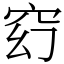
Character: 𥥆